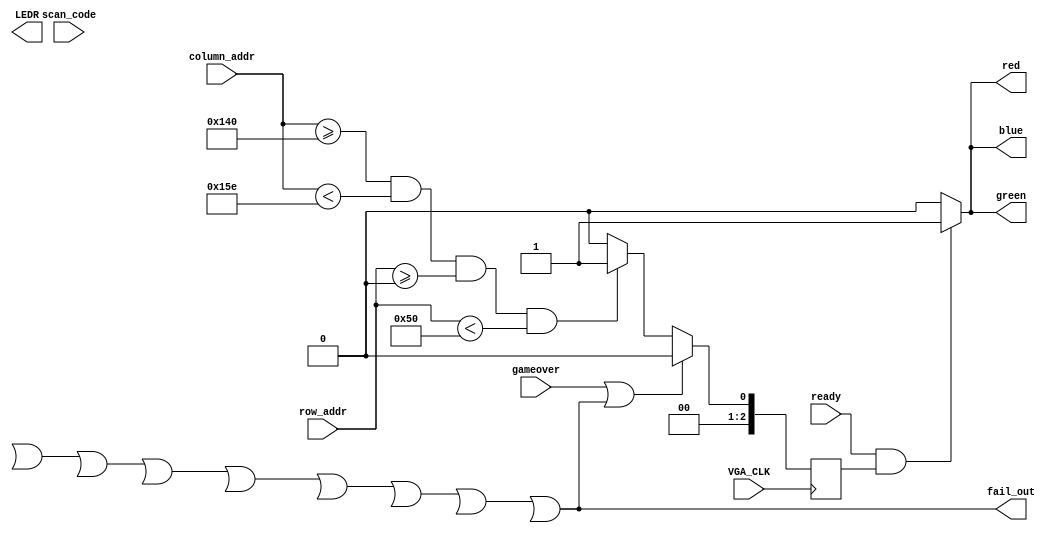
module objects
(
    VGA_CLK, gameover, fail_out,

    ready, column_addr, row_addr,

    red,green,blue, LEDR, scan_code 
);

	output [10:0]LEDR;
	
    input VGA_CLK;	 

	 input [7:0] scan_code;
    input gameover;

    input ready;
	 
	 output fail_out; 

    input [10:0] column_addr;

	 input [10:0] row_addr;
	 
    output red;
    output green;
    output blue;

    reg [2:0]issquare;

	 reg [30:0]counter;
	 
	 
assign LEDR[1] = fail1;
assign LEDR[2] = fail2;
assign LEDR[3] = fail3;
assign LEDR[4] = fail4;
assign LEDR[5] = fail5;
assign LEDR[6] = fail6;
assign LEDR[7] = fail7;
assign LEDR[8] = fail8;
assign LEDR[9] = fail9;

	 
	wire [10:0] end_row1;  // coords of pillow 1.
	wire [10:0] end_row2;  // coords of pillow 2.
	wire [10:0] end_row3;  // coords of pillow 3.
	wire [10:0] end_row4;  // coords of pillow 4.
	wire [10:0] end_row5;  // coords of pillow 5.
	wire [10:0] end_row6;  // coords of pillow 6.
	wire [10:0] end_row7;  // coords of pillow 7.
	wire [10:0] end_row8;  // coords of pillow 8.
	wire [10:0] end_row9;  // coords of pillow 9.
	wire [10:0] end_row10;  // coords of pillow 10.
	
	wire [10:0] begin_row1;  // coords of pillow 1.
	wire [10:0] begin_row2;  // coords of pillow 2.
	wire [10:0] begin_row3;  // coords of pillow 3.
	wire [10:0] begin_row4;  // coords of pillow 4.
	wire [10:0] begin_row5;  // coords of pillow 5.
	wire [10:0] begin_row6;  // coords of pillow 6.
	wire [10:0] begin_row7;  // coords of pillow 7.
	wire [10:0] begin_row8;  // coords of pillow 8.
	wire [10:0] begin_row9;  // coords of pillow 9.
	wire [10:0] begin_row10;  // coords of pillow 10.
	
	
	wire [10:0] begin_column, end_column; // coords of the goose.
	wire fail1, fail2, fail3, fail4, fail5, fail6, fail7, fail8, fail9;
	wire fail = fail1 || fail2 || fail3 || fail4 || fail5 || fail6 || fail7 || fail8 || fail9;
	assign fail_out = fail;
//	
//	collision_detect c1
//		  (VGA_CLK,
//		   begin_column, end_column,
//			11'd320, 11'd350,
//			begin_row1, end_row1,
//			fail1);
//			
//	collision_detect c2
//		  (VGA_CLK,
//		   begin_column, end_column,
//			11'd120, 11'd150,
//			begin_row2, end_row2,
//			fail2);
//			
//	collision_detect c3
//		  (VGA_CLK,
//		   begin_column, end_column,
//			11'd500, 11'd530,
//			begin_row3, end_row3,
//			fail3);
//			
//	collision_detect c4
//		  (VGA_CLK,
//		   begin_column, end_column,
//			11'd600, 11'd630,
//			begin_row4, end_row4,
//			fail4);
//			
//		collision_detect c5
//		  (VGA_CLK,
//		   begin_column, end_column,
//			11'd570, 11'd600,
//			begin_row5, end_row5,
//			fail5);
//			
//				collision_detect c6
//		  (VGA_CLK,
//		   begin_column, end_column,
//			11'd430, 11'd460,
//			begin_row6, end_row6,
//			fail6);
//			
////				collision_detect c7
////		  (VGA_CLK,
////		   begin_column, end_column,
////			11'd30, 11'd60,
////			begin_row7, end_row7,
////			fail7);
////			
//				collision_detect c8
//		  (VGA_CLK,
//		   begin_column, end_column,
//			11'd90, 11'd120,
//			begin_row8, end_row8,
//			fail8);
//			
//				collision_detect c9
//		  (VGA_CLK,
//		   begin_column, end_column,
//			11'd300, 11'd330,
//			begin_row9, end_row9,
//			fail9);
			
	
	   always @(posedge VGA_CLK) begin
		  if (gameover || fail)
				issquare <= 1'b0; 
		  else begin
			if (column_addr >= 11'd320 && column_addr < 11'd350 &&  row_addr >= 11'd0 && row_addr < 11'd80)
				issquare <= 1'b1;
//			if (column_addr >= 11'd320 && column_addr < 11'd350 &&  row_addr >= begin_row1 && row_addr < end_row1)
//				issquare <= 1'b1;
//			else if (column_addr >= 11'd120 && column_addr < 11'd150 &&  row_addr >= begin_row2 && row_addr < end_row2)
//				issquare <= 1'b1;	
//			else if (column_addr >= 11'd500 && column_addr < 11'd530 &&  row_addr >= begin_row3 && row_addr < end_row3)
//				issquare <= 1'b1;
//			else if (column_addr >= 11'd600 && column_addr < 11'd630 &&  row_addr >= begin_row4 && row_addr < end_row4)
//				issquare <= 1'b1;
//			else if (column_addr >= 11'd570 && column_addr < 11'd600 &&  row_addr >= begin_row5 && row_addr < end_row5)
//				issquare <= 1'b1;
//			else if (column_addr >= 11'd430 && column_addr < 11'd460 &&  row_addr >= begin_row6 && row_addr < end_row6)
//				issquare <= 1'b1;
//			else if (column_addr >= 11'd300 && column_addr < 11'd330 &&  row_addr >= begin_row7 && row_addr < end_row7)
//				issquare <= 1'b1;
//			else if (column_addr >= 11'd90 && column_addr < 11'd120 &&  row_addr >= begin_row8 && row_addr < end_row8)
//				issquare <= 1'b1;
//			else if (column_addr >= 11'd200 && column_addr < 11'd230 &&  row_addr >= begin_row9 && row_addr < end_row9)
//				issquare <= 1'b1;
//			else if (column_addr >= begin_column && column_addr < end_column &&  row_addr >= 11'd0 && row_addr < 11'd80)
//				issquare <= 1'b1;				
         else
            issquare <= 1'b0;
		  end
		end

    assign red = ready && issquare ? 1'b1: 1'b0;

    assign green = ready && issquare ? 1'b1 : 1'b0;

    assign blue = ready && issquare ? 1'b1: 1'b0;
	
//	
//	square s1(
//	.clk(VGA_CLK),
//	.speed(50000000),
//	.gameover(gameover),
//	.fail(fail),
//	.ready(VGA_BLANK),
//	.column_addr(column_addr),
//	.row_addr(row_addr),
//	.p_begin_column(11'd320), 
//	.p_end_column(11'd350),
//	.begin_row(begin_row1),
//	.end_row(end_row1)
//	);
//	
//	square s2(
//	.clk(VGA_CLK),
//	.speed(50000000),
//	.gameover(gameover),
//	.fail(fail),
//	.ready(VGA_BLANK),
//	.column_addr(column_addr),
//	.row_addr(row_addr),
//	.p_begin_column(11'd120), 
//	.p_end_column(11'd150),
//	.begin_row(begin_row2),
//	.end_row(end_row2)
//	);
//	
//	square s3(
//	.clk(VGA_CLK),
//	.speed(20000000),
//	.gameover(gameover),
//	.fail(fail),
//	.ready(VGA_BLANK),
//	.column_addr(column_addr),
//	.row_addr(row_addr),
//	.p_begin_column(11'd500), 
//	.p_end_column(11'd530),
//	.begin_row(begin_row3),
//	.end_row(end_row3)
//	);
//	
//	square s4(
//	.clk(VGA_CLK),
//	.speed(7000000),
//	.gameover(gameover),
//	.fail(fail),
//	.ready(VGA_BLANK),
//	.column_addr(column_addr),
//	.row_addr(row_addr),
//	.p_begin_column(11'd600), 
//	.p_end_column(11'd630),
//	.begin_row(begin_row4),
//	.end_row(end_row4)
//	);
//	
//		square s5(
//	.clk(VGA_CLK),
//	.speed(60000000),
//	.gameover(gameover),
//	.fail(fail),
//	.ready(VGA_BLANK),
//	.column_addr(column_addr),
//	.row_addr(row_addr),
//	.p_begin_column(11'd570), 
//	.p_end_column(11'd600),
//	.begin_row(begin_row5),
//	.end_row(end_row5)
//	);
//	
//		square s6(
//	.clk(VGA_CLK),
//	.speed(70000000),
//	.gameover(gameover),
//	.fail(fail),
//	.ready(VGA_BLANK),
//	.column_addr(column_addr),
//	.row_addr(row_addr),
//	.p_begin_column(11'd430), 
//	.p_end_column(11'd460),
//	.begin_row(begin_row6),
//	.end_row(end_row6)
//	);
//	
//		square s7(
//	.clk(VGA_CLK),
//	.speed(50000),
//	.gameover(gameover),
//	.fail(fail),
//	.ready(VGA_BLANK),
//	.column_addr(column_addr),
//	.row_addr(row_addr),
//	.p_begin_column(11'd300), 
//	.p_end_column(11'd330),
//	.begin_row(begin_row7),
//	.end_row(end_row7)
//	);
//	
//		square s8(
//	.clk(VGA_CLK),
//	.speed(40000000),
//	.gameover(gameover),
//	.fail(fail),
//	.ready(VGA_BLANK),
//	.column_addr(column_addr),
//	.row_addr(row_addr),
//	.p_begin_column(11'd90), 
//	.p_end_column(11'd120),
//	.begin_row(begin_row8),
//	.end_row(end_row8)
//	);
//	
//		square s9(
//	.clk(VGA_CLK),
//	.speed(1000000),
//	.gameover(gameover),
//	.fail(fail),
//	.ready(VGA_BLANK),
//	.column_addr(column_addr),
//	.row_addr(row_addr),
//	.p_begin_column(11'd200), 
//	.p_end_column(11'd6230),
//	.begin_row(begin_row9),
//	.end_row(end_row9)
//	);
//
//	
//	goose g(
//	.scan_code(scan_code),
//	.clk(VGA_CLK),
//	.gameover(gameover),
//	.fail(fail),
//	.ready(VGA_BLANK),
//	.column_addr(column_addr),
//	.row_addr(row_addr),
//	.begin_column(begin_column),
//	.end_column(end_column)
//	);

endmodule